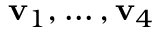
\mathbf { v } _ { 1 } , \ldots , \mathbf { v } _ { 4 }